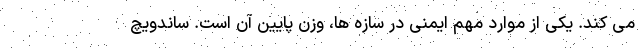
می کند. یکی از موارد مهم ایمنی در سازه ها، وزن پایین آن است. ساندویچ